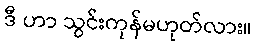
ဒီ ဟာ သွင်းကုန်မဟုတ်လား။